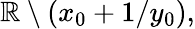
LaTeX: \mathbb{R}\setminus(x_{0}+1/y_{0}),